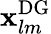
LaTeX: \mathbf{x}_{lm}^{\mathrm{{DG}}}